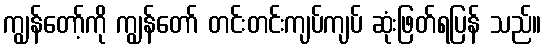
ကျွန်တော့်ကို ကျွန်တော် တင်းတင်းကျပ်ကျပ် ဆုံးဖြတ်ရပြန် သည်။